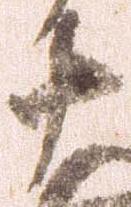
十